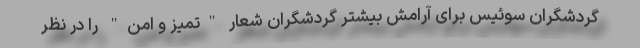
گردشگران سوئیس برای آرامش بیشتر گردشگران شعار "تمیز و امن" را در نظر